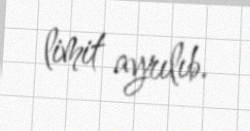
limit ayrılıb.